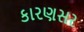
કારણસર